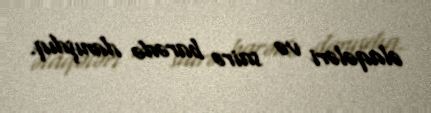
əlaqələri və sairə barədə danışdıq.